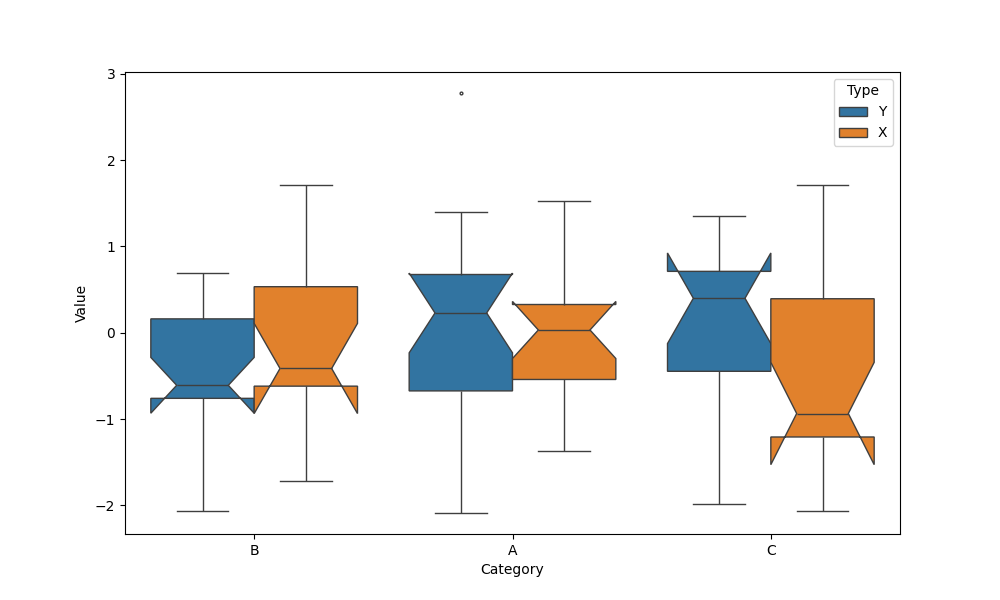
python, seaborn, boxplot, width=0.8, linewidth=1, fliersize=2, notch=True